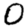
Digit: 0